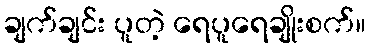
ချက်ချင်း ပူတဲ့ ရေပူရေချိုးစက်။